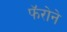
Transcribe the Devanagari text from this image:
फॅरोने